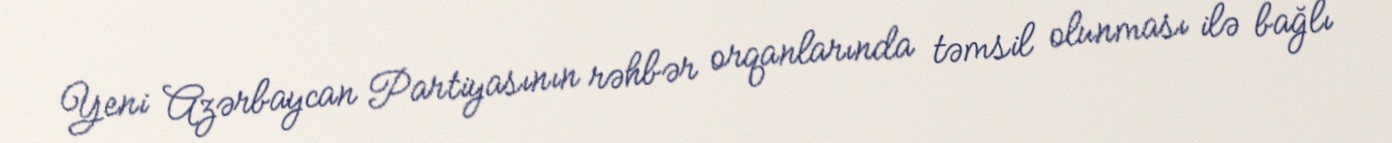
Yeni Azərbaycan Partiyasının rəhbər orqanlarında təmsil olunması ilə bağlı